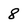
Character: 8